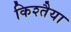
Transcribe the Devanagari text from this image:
किश्तैया